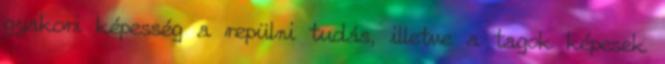
gyakori képesség a repülni tudás, illetve a tagok képesek